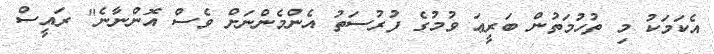
އެކަމަކު މި ތުހުމަތުން ބަރީޢަ ވުމުގެ ފުރުސަތު އެންމެންނަށް ވެސް އޮންނާނެ" ރައީސް